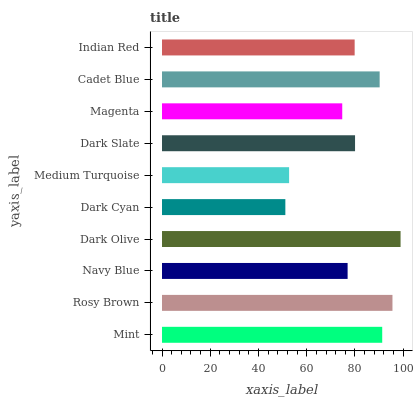
| yaxis_label | bars |
 | --- | --- |
 | Mint | 91.3 |
 | Rosy Brown | 95.5 |
 | Navy Blue | 77 |
 | Dark Olive | 98.9 |
 | Dark Cyan | 51.1 |
 | Medium Turquoise | 52.7 |
 | Dark Slate | 80 |
 | Magenta | 74.7 |
 | Cadet Blue | 90.2 |
 | Indian Red | 79.9 |